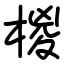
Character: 椶